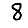
Digit: 8